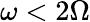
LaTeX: \omega<2\Omega